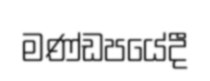
මණ්ඩපයේදී